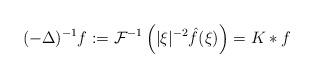
LaTeX: \begin{align*} (-\Delta)^{-1}f &:= \mathcal F^{-1}\left(|\xi|^{-2} \hat f(\xi) \right) = K\ast f \end{align*}